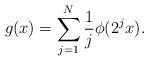
LaTeX: \begin{align*}g(x) =\sum_{j=1}^N \frac 1 j \phi(2^j x).\end{align*}